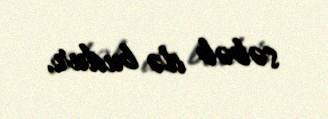
səbəb də budur.